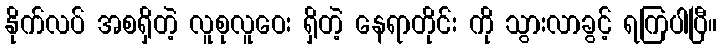
နိုက်လပ် အစရှိတဲ့ လူစုလူဝေး ရှိတဲ့ နေရာတိုင်း ကို သွားလာခွင့် ရကြပါပြီ။